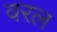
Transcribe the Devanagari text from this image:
वरल